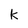
Character: k